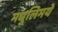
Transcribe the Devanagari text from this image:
मधुलिमये